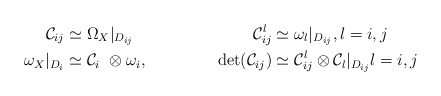
\begin{align*} \mathcal{C}_{ij} &\simeq \Omega_{X}|_{D_{ij}}&\mathcal{C}_{ij}^l &\simeq \omega_l|_{D_{ij}}, l=i,j \\\omega_X|_{D_i} &\simeq \mathcal{C}_i\ \otimes \omega_i,&\det(\mathcal{C}_{ij}) &\simeq \mathcal{C}_{ij}^l \otimes \mathcal{C}_l|_{D_{ij}} l=i,j\end{align*}